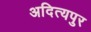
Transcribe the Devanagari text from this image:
अदित्यपुर